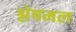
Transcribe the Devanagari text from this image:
श्लेषमल